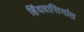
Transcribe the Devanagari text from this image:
हिंदवासियांत